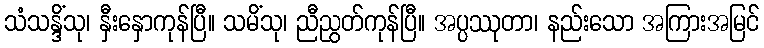
သံသန္ဒိံသု၊ နှီးနှောကုန်ပြီ။ သမိံသု၊ ညီညွတ်ကုန်ပြီ။ အပ္ပဿုတာ၊ နည်းသော အကြားအမြင်